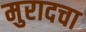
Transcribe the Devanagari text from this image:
मुरादचा